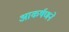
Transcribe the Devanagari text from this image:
आकर्षणने